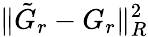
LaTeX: \| \tilde{G}_{r}-G_{r}\| _{R}^{2}